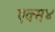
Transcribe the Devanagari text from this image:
एक्स४